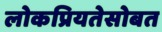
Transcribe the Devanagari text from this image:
लोकप्रियतेसोबत